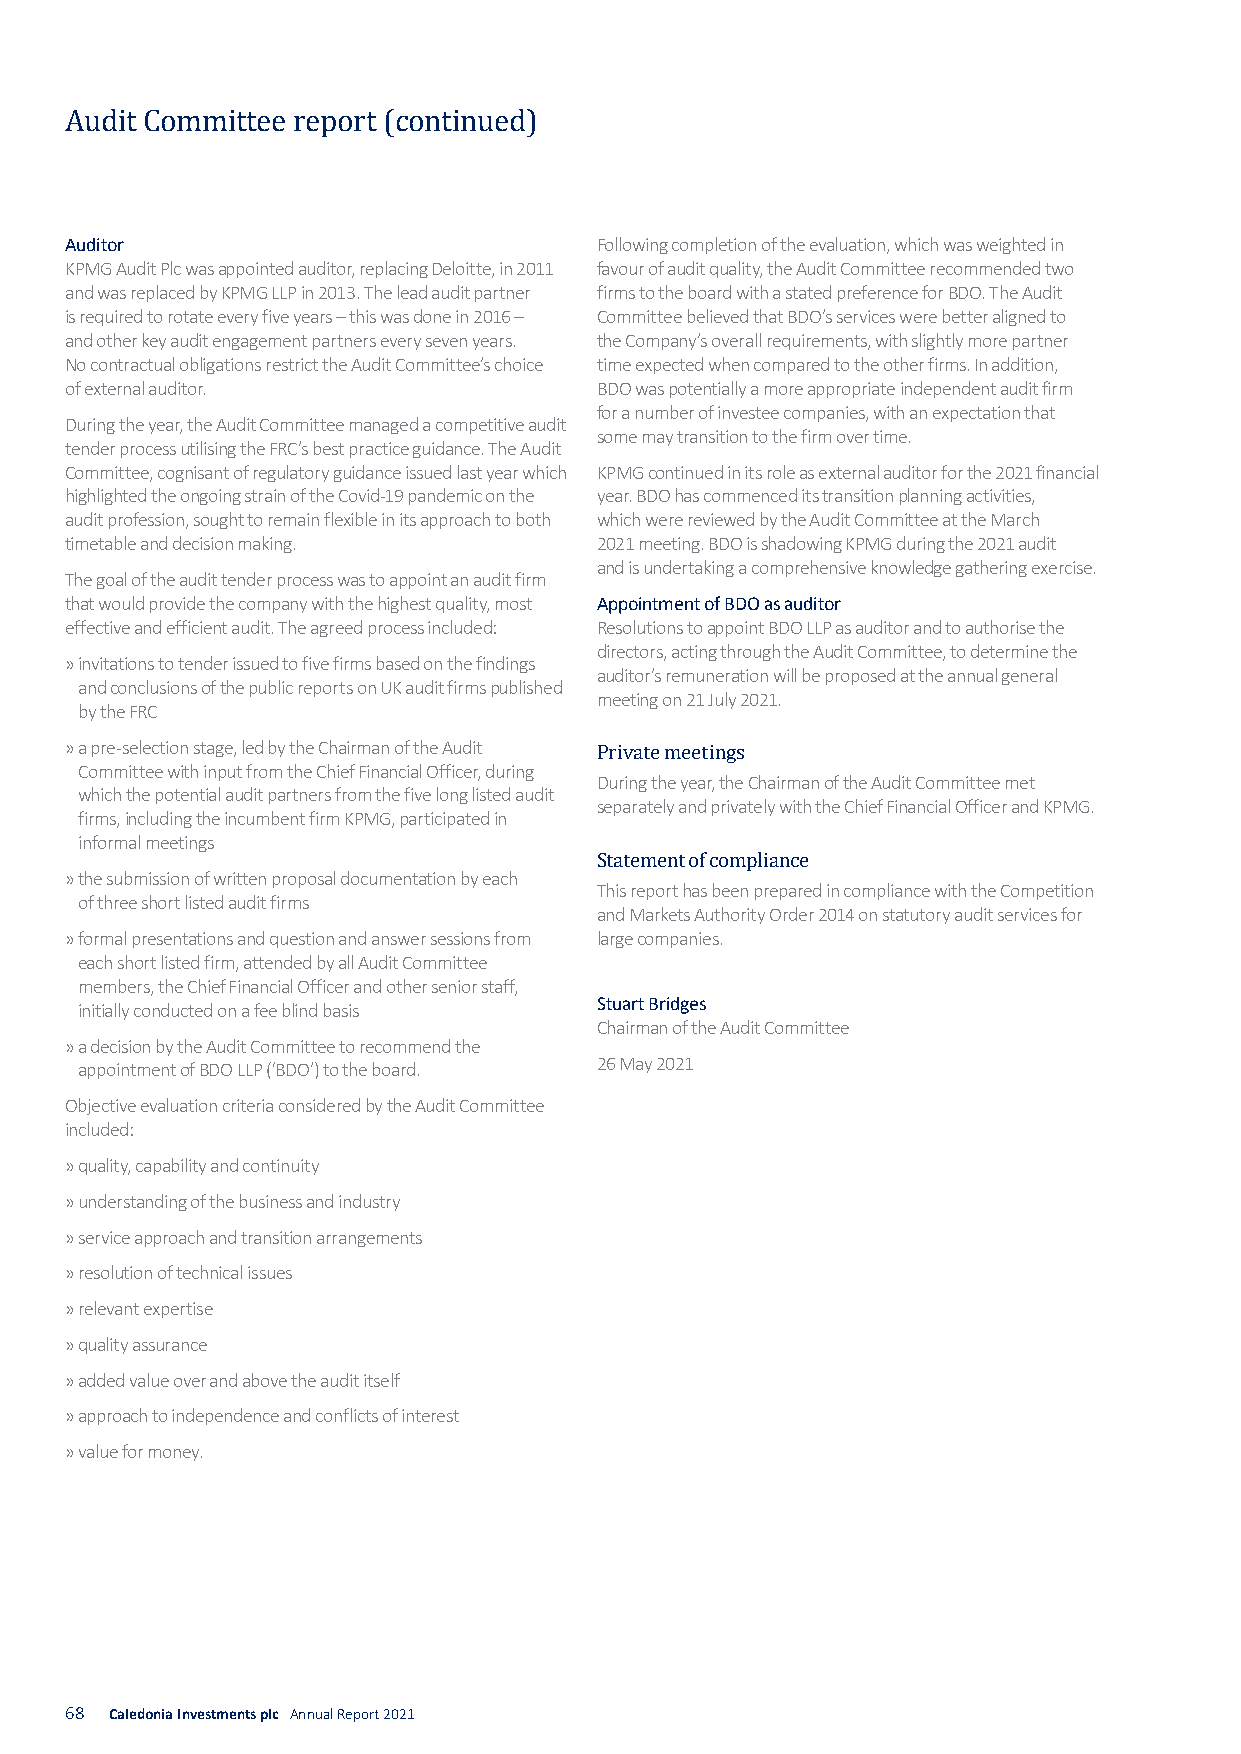
Audit Committee report (continued)
 Auditor                            Following completion of the evaluation, which was weighted in
 KPMG Audit Plc was appointed auditor, replacing Deloitte, in 2011 favour of audit quality, the Audit Committee recommended two
 and was replaced by KPMG LLP in 2013. The lead audit partner firms to the board with a stated preference for BDO. The Audi t
 is required to rotate every five years – this was done in 2016 – Committee believed that BDO’s services were better aligned to
 and other key audit engagement partners every seven years. the Company’s overall requirements, with slightly more partner
 No contractual obligations restrict the Audit Committee’s choice time expected when compared to the other firms. In addition,
 of external auditor.               BDO was potentially a more appropriate independent audit firm
 for a number of investee companies, with an expectation that
 During the year, the Audit Committee managed a competitive aud it
 some may transition to the firm over time.
 tender process utilising the FRC’s best practice guidance. The Audit
 Committee, cognisant of regulatory guidance issued last year which KPMG continued in its role as external auditor for the 2021 financial
 highlighted the ongoing strain of the Covid-19 pandemic on the year. BDO has commenced its transition planning activities,
 audit profession, sought to remain flexible in its approach to both which were reviewed by the Audit Committee at the March
 timetable and decision making.     2021 meeting. BDO is shadowing KPMG during the 2021 aud i t
 and is undertaking a comprehensive knowledge gathering exercise.
 The goal of the audit tender process was to appoint an audit firm
 that would provide the company with the highest quality, most Appointment of BDO as auditor
 effective and efficient audit. The agreed process included: Resolutions to appoint BDO LLP as auditor and to authorise the
 directors, acting through the Audit Committee, to determine the
 » i nvitations to tender issued to five firms based on the findings
 auditor’s remuneration will be proposed at the annual general
 and conclusions of the public reports on UK audit firms published
 meeting on 21 July 2021.
 by the FRC
 » a pre-selection stage, led by the Chairman of the Audit
 Committee with input from the Chief Financial Officer, during
 During the year, the Chairman of the Audit Committee met
 which the potential audit partners from the five long listed audit Private meetings
 separately and privately with the Chief Financial Officer and KPMG.
 firms, including the incumbent firm KPMG, participated in
 informal meetings
 » t he submission of written proposal documentation by each
 This report has been prepared in compliance with the Competition
 of three short listed audit firms Statement of compliance
 and Markets Authority Order 2014 on statutory audit services for
 » f ormal presentations and question and answer sessions from large companies.
 each short listed firm, attended by all Audit Committee
 members, the Chief Financial Officer and other senior staff,
 initially conducted on a fee blind basis Stuart Bridges
 Chairman of the Audit Committee
 » a decision by the Audit Committee to recommend the
 26 May 2021
 appointment of BDO LLP (‘BDO’) to the board.
 Objective evaluation criteria considered by the Audit Committee
 included:
 » q uality, capability and continuity
 » u nderstanding of the business and industry
 » s ervice approach and transition arrangements
 » r esolution of technical issues
 » r elevant expertise
 » q uality assurance
 » a dded value over and above the audit itself
 » a pproach to independence and conflicts of interest
 » v alue for money.
 68 Caledonia Investments plc Annual Report 2021